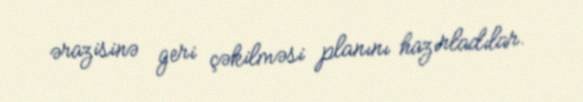
ərazisinə geri çəkilməsi planını hazırladılar.